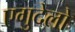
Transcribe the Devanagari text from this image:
एगुदेलो